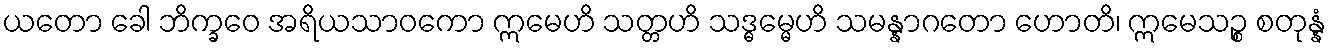
ယတော ခေါ ဘိက္ခဝေ အရိယသာဝကော ဣမေဟိ သတ္တဟိ သဒ္ဓမ္မေဟိ သမန္နာဂတော ဟောတိ၊ ဣမေသဉ္စ စတုန္နံ